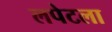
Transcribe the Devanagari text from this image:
लपेटला